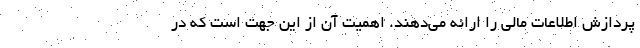
پردازش اطلاعات مالی را ارائه می‌دهند. اهمیت آن از این جهت است که در